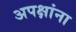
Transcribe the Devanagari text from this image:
अपक्षांना